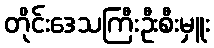
တိုင်းဒေသကြီးဦးစီးမှူး